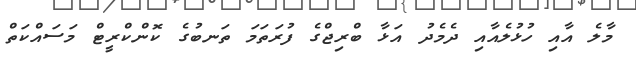
މާލެ އާއި ހުޅުލެއާއި ދެމެދު އަޅާ ބްރިޖްގެ ފުރަތަމަ ތަނބުގެ ކޮންކްރީޓް މަސައްކަތް